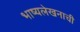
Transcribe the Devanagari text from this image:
भाष्यलेखनाची